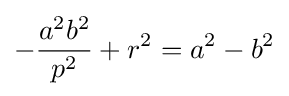
-{\frac {a^{2}b^{2}}{p^{2}}}+r^{2}=a^{2}-b^{2}